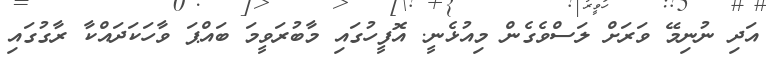
އަދި ނުނިމޭ ވަރަށް ލަސްވެގެން މިއުޅެނީ. އޮފީހުގައި މާބުރަވީމަ ބައްޕަ ވާހަކަދައްކާ ރާގުގައި